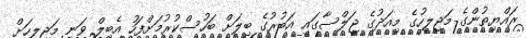
ރައްޔިތުންގެ މަޖިލީހުގެ މިއަދުގެ ޖަލްސާގައި އަބުރުގެ ބިލަށް ބަހުސްކުރުމަށްފަހު އެބިލް ވަނީ މަޖިލީހަށް